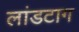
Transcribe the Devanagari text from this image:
लांडटाग